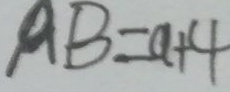
A B = a + 4